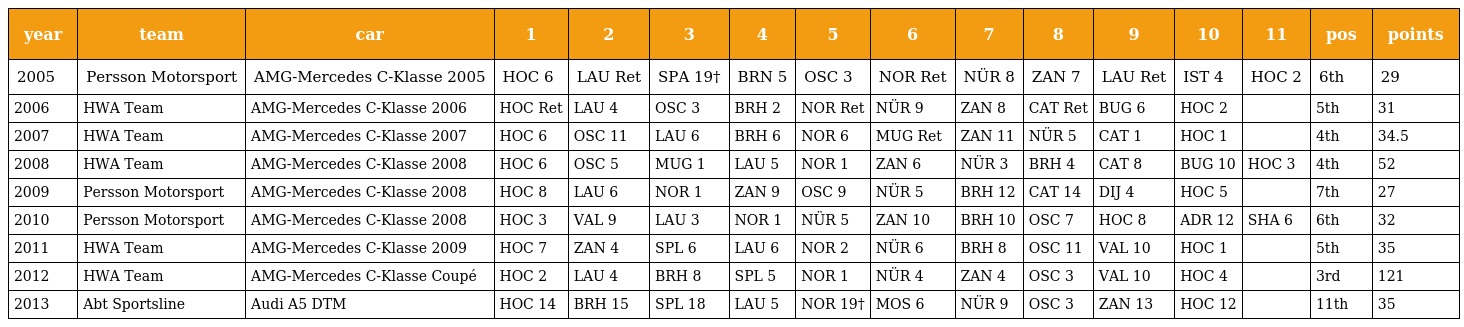
| year | team | car | 1 | 2 | 3 | 4 | 5 | 6 | 7 | 8 | 9 | 10 | 11 | pos | points |
 | --- | --- | --- | --- | --- | --- | --- | --- | --- | --- | --- | --- | --- | --- | --- | --- |
 | 2005 | Persson Motorsport | AMG-Mercedes C-Klasse 2005 | HOC 6 | LAU Ret | SPA 19† | BRN 5 | OSC 3 | NOR Ret | NÜR 8 | ZAN 7 | LAU Ret | IST 4 | HOC 2 | 6th | 29 |
 | 2006 | HWA Team | AMG-Mercedes C-Klasse 2006 | HOC Ret | LAU 4 | OSC 3 | BRH 2 | NOR Ret | NÜR 9 | ZAN 8 | CAT Ret | BUG 6 | HOC 2 |  | 5th | 31 |
 | 2007 | HWA Team | AMG-Mercedes C-Klasse 2007 | HOC 6 | OSC 11 | LAU 6 | BRH 6 | NOR 6 | MUG Ret | ZAN 11 | NÜR 5 | CAT 1 | HOC 1 |  | 4th | 34.5 |
 | 2008 | HWA Team | AMG-Mercedes C-Klasse 2008 | HOC 6 | OSC 5 | MUG 1 | LAU 5 | NOR 1 | ZAN 6 | NÜR 3 | BRH 4 | CAT 8 | BUG 10 | HOC 3 | 4th | 52 |
 | 2009 | Persson Motorsport | AMG-Mercedes C-Klasse 2008 | HOC 8 | LAU 6 | NOR 1 | ZAN 9 | OSC 9 | NÜR 5 | BRH 12 | CAT 14 | DIJ 4 | HOC 5 |  | 7th | 27 |
 | 2010 | Persson Motorsport | AMG-Mercedes C-Klasse 2008 | HOC 3 | VAL 9 | LAU 3 | NOR 1 | NÜR 5 | ZAN 10 | BRH 10 | OSC 7 | HOC 8 | ADR 12 | SHA 6 | 6th | 32 |
 | 2011 | HWA Team | AMG-Mercedes C-Klasse 2009 | HOC 7 | ZAN 4 | SPL 6 | LAU 6 | NOR 2 | NÜR 6 | BRH 8 | OSC 11 | VAL 10 | HOC 1 |  | 5th | 35 |
 | 2012 | HWA Team | AMG-Mercedes C-Klasse Coupé | HOC 2 | LAU 4 | BRH 8 | SPL 5 | NOR 1 | NÜR 4 | ZAN 4 | OSC 3 | VAL 10 | HOC 4 |  | 3rd | 121 |
 | 2013 | Abt Sportsline | Audi A5 DTM | HOC 14 | BRH 15 | SPL 18 | LAU 5 | NOR 19† | MOS 6 | NÜR 9 | OSC 3 | ZAN 13 | HOC 12 |  | 11th | 35 |